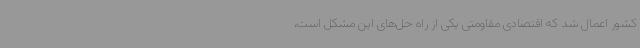
کشور اعمال شد که اقتصادی مقاومتی یکی از راه ‌حل‌های این مشکل است،